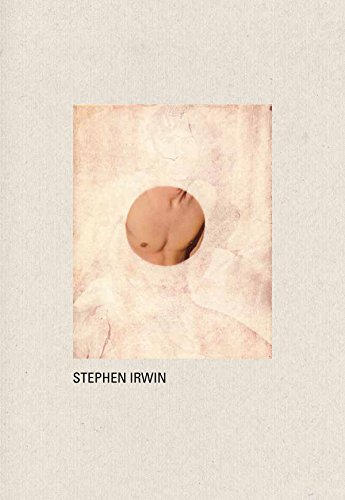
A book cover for Stephen Irwin; Vince Aletti; Arts & Photography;